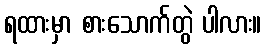
ရထားမှာ စားသောက်တွဲ ပါလား။